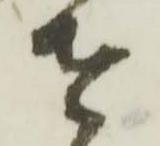
者